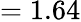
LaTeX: =1.64